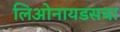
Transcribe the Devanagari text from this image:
लिओनायडसचा